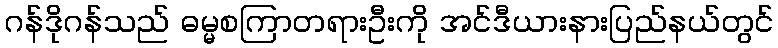
ဂန်ဒိုဂန်သည် ဓမ္မစကြာတရားဦးကို အင်ဒီယားနားပြည်နယ်တွင်